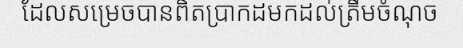
ដែលសម្រេចបានពិតប្រាកដមកដល់ត្រឹមចំណុច